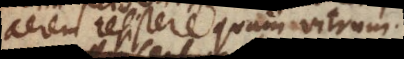
aërem resistere quam aquam.